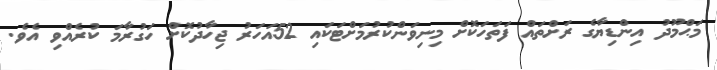
މަޙްމޫދު އިންޑިޔާގެ ރަށްތައް ފަތަހަކޮށް މިނިވަންކުރުމަށްޓަކައި 52އަހަރު ޖިހާދުކޮށް ހަގުރާމަ ކުރެއްވި އެވެ.